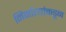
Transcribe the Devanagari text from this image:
निर्मात्यांकडून